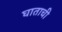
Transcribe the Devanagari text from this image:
घाताची